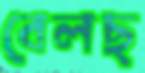
বেলছ